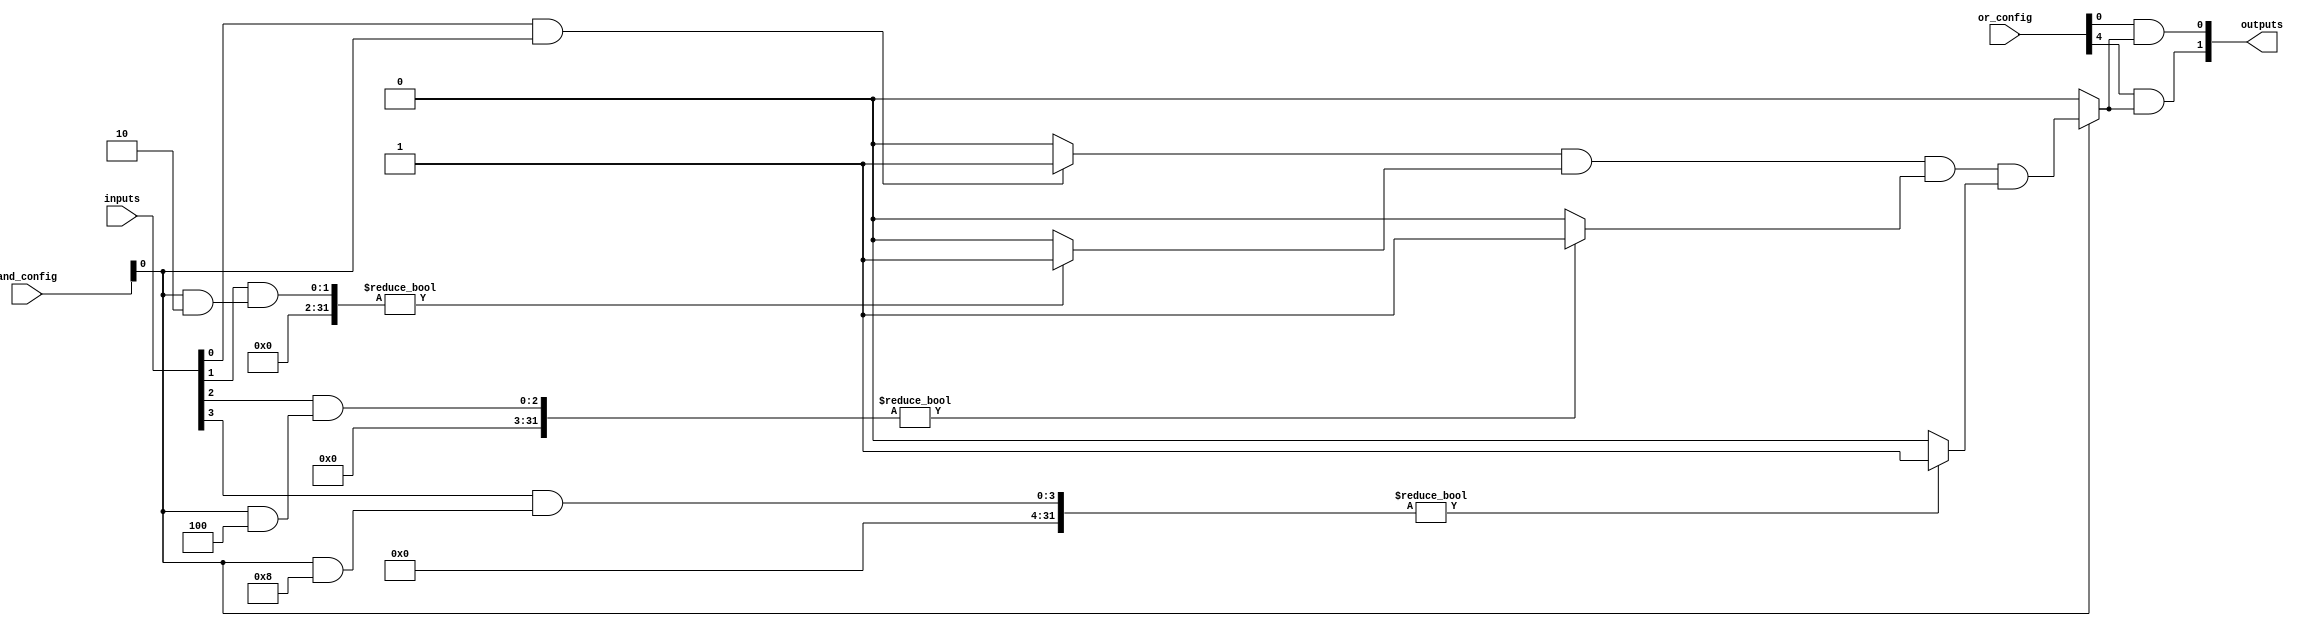
module PLA #(
    parameter NUM_INPUTS = 4,       // Number of input signals
    parameter NUM_OUTPUTS = 2,      // Number of output signals
    parameter MAX_PRODUCT_TERMS = 4  // Maximum number of product terms
)(
    input  wire [NUM_INPUTS-1:0] inputs, // Input signals
    input  wire [MAX_PRODUCT_TERMS-1:0] and_config, // AND array configuration
    input  wire [NUM_OUTPUTS*MAX_PRODUCT_TERMS-1:0] or_config, // OR array configuration
    output wire [NUM_OUTPUTS-1:0] outputs // Output signals
);

    // Generate product terms from the AND array
    wire [MAX_PRODUCT_TERMS-1:0] product_terms;

    genvar i, j;
    generate
        for (i = 0; i < MAX_PRODUCT_TERMS; i = i + 1) begin : and_array
            assign product_terms[i] = (and_config[i]) ? 
                (inputs[0] & (and_config[i] & 1) ? 1 : 0) & 
                (inputs[1] & (and_config[i] & 2) ? 1 : 0) & 
                (inputs[2] & (and_config[i] & 4) ? 1 : 0) & 
                (inputs[3] & (and_config[i] & 8) ? 1 : 0) : 0;
        end
    endgenerate

    // Generate outputs from the OR array
    generate
        for (j = 0; j < NUM_OUTPUTS; j = j + 1) begin : or_array
            assign outputs[j] = or_config[j*MAX_PRODUCT_TERMS +: MAX_PRODUCT_TERMS] & product_terms;
        end
    endgenerate

endmodule